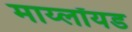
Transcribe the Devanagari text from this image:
माय्लॉयड